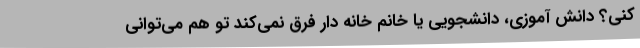
کنی؟ دانش آموزی، دانشجویی یا خانم خانه دار فرق نمی‌کند تو هم می‌توانی